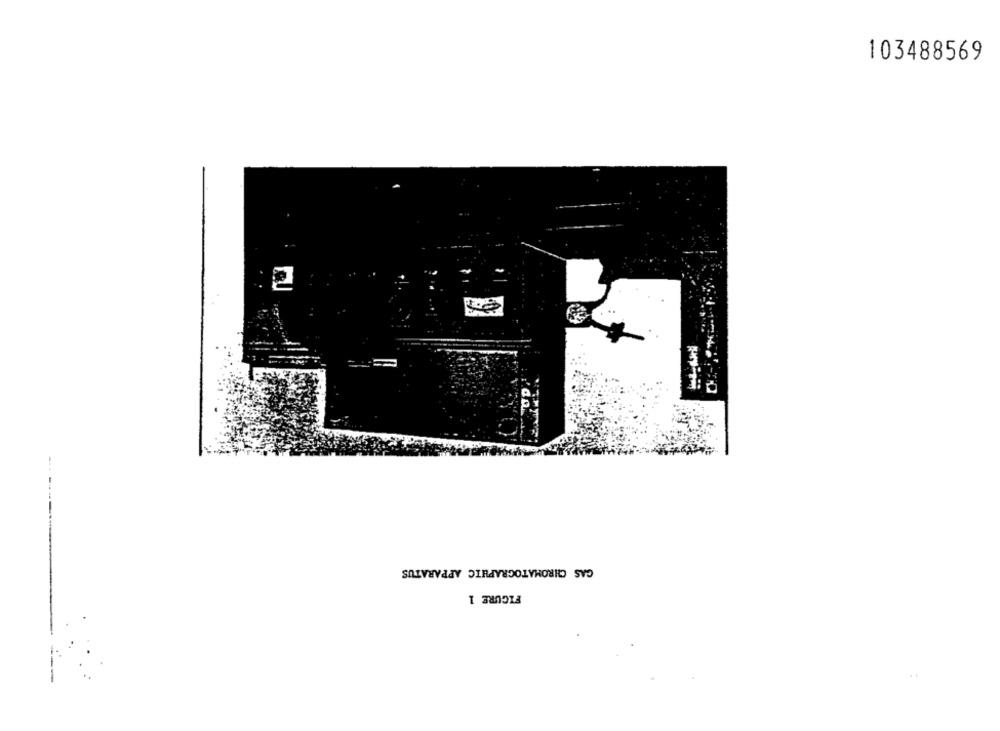
103488569
...
GAS CHROMATOGRAPHIC APPARATUS
FIGURE 1